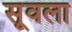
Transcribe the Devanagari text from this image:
सूवला